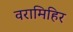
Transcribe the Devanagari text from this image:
वरामिहिर